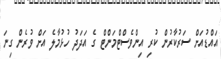
އައްޑުއަށް ސަރުކާރުން ކުރި އިންވެސްޓްމަންޓް ގެ އަދަދު ހުޅުމާލެ އަށް ވުރެން ގިނަ